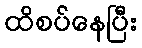
ထိစပ်နေပြီး